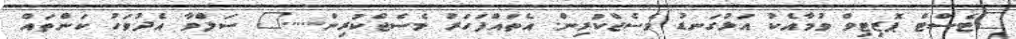
"ޓެސްޓް ޕޮޒިޓިވް ވުމާއެކު އަޅުގަނޑު މެސެޖްކުރިން. އެތައްފަހަރު މެސެޖްކުރިން....." ސަލްވާ އެދުވަހު ކަންތައް